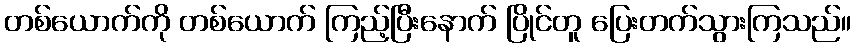
တစ်ယောက်ကို တစ်ယောက် ကြည့်ပြီးနောက် ပြိုင်တူ ပြေးတက်သွားကြသည်။